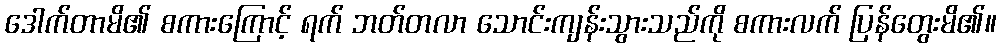
ဒေါက်တာမိ၏ စကားကြောင့် ရက် ဘတ်တလာ သောင်းကျန်းသွားသည်ကို စကားလက် ပြန်တွေးမိ၏။